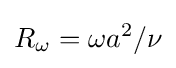
R_{\omega }=\omega a^{2}/\nu